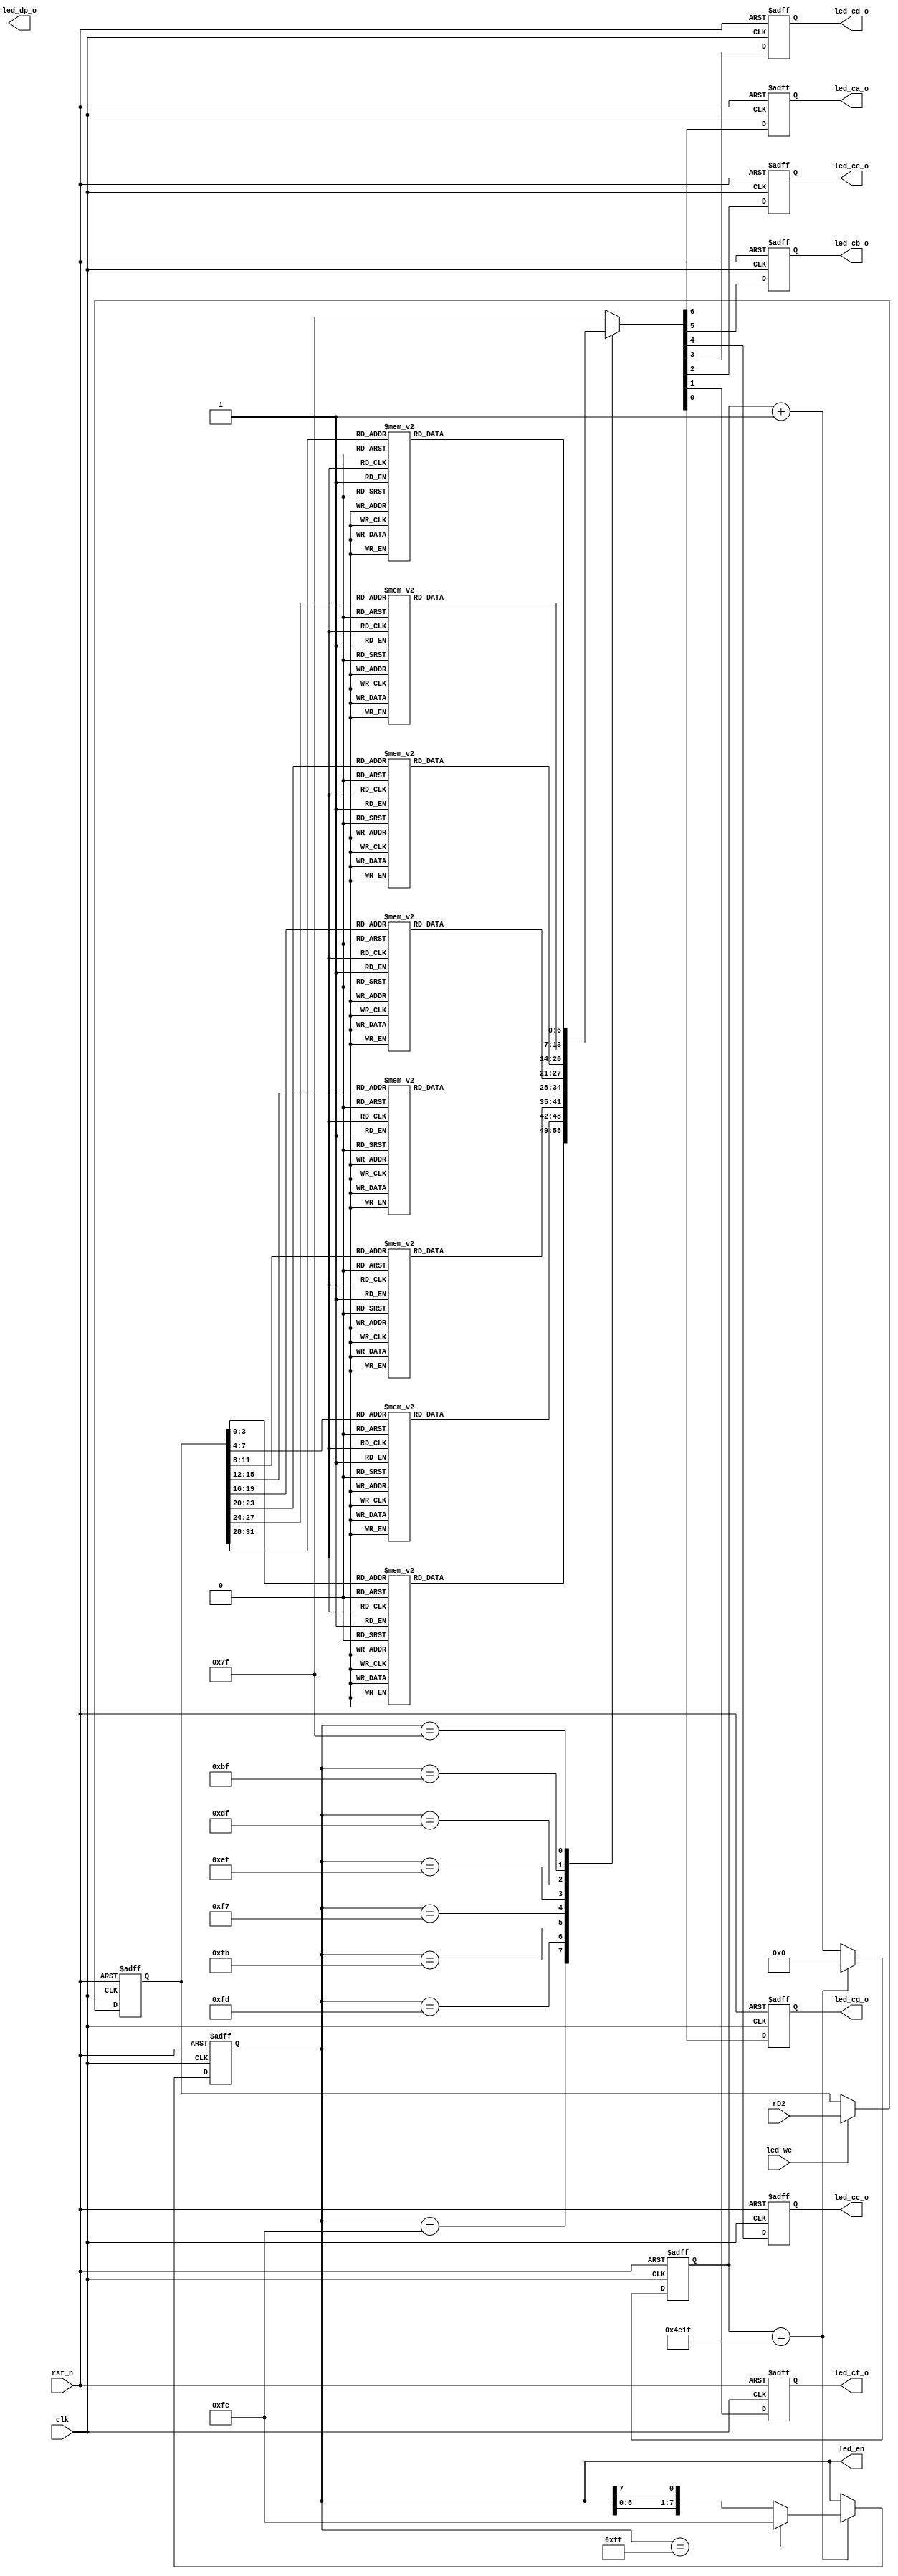

module LED_CTRL(
   
   input clk,
   input rst_n,

    
    output reg [7:0] led_en,
    
    output reg led_ca_o,
    output reg led_cb_o,
    output reg led_cc_o,
    output reg led_cd_o,
    output reg led_ce_o,
    output reg led_cf_o,
    output reg led_cg_o,
    output reg led_dp_o,
    input led_we,

    input [31:0] rD2

    );
    
    parameter re_0=7'b0000001;
    parameter re_1=7'b1001111;
    parameter re_2=7'b0010010;
    parameter re_3=7'b0000110;
    parameter re_4=7'b1001100;
    parameter re_5=7'b0100100;
    parameter re_6=7'b0100000;
    parameter re_7=7'b0001111;
    parameter re_8=7'b0000000;
    parameter re_9=7'b0000100;
    parameter re_a=7'b0001000;
    parameter re_b=7'b1100000;
    parameter re_c=7'b0110001;
    parameter re_d=7'b1000010;
    parameter re_e=7'b0110000;
    parameter re_f=7'b0111000;
    
    
    reg [24:0] cnt;

    
    //2ms 
    always@(posedge clk or negedge rst_n)
    begin
         if(!rst_n) cnt<=0;
         else if(cnt==19999) cnt<=0;
         else cnt<=cnt+1;
    end
    
    
    always @(posedge clk or negedge rst_n)
    begin
         if(!rst_n) led_en<=8'b11111111;
         else if(cnt==19999)
                begin
                     if(led_en==8'b1111_1111) led_en<=8'b1111_1110;
                     else led_en<={led_en[6:0],led_en[7]};
                end
         else led_en<=led_en;
    end
    //display on the digit pipe
   reg[31:0] final;
   always@(posedge clk or negedge rst_n)
   begin
        if(!rst_n) final=32'b0;
        else if(led_we) final=rD2;
        else final=final;
   end

    

    
    
    
    
    
    always@(posedge clk or negedge rst_n)
    begin
         if(!rst_n) {led_ca_o,led_cb_o,led_cc_o,led_cd_o,led_ce_o,led_cf_o,led_cg_o}<=7'b1111111;
         else
             begin
             case(led_en)
                    8'b11111110:
                             case(final[3:0])
                             4'd0:{led_ca_o,led_cb_o,led_cc_o,led_cd_o,led_ce_o,led_cf_o,led_cg_o}<=re_0;
                             4'd1:{led_ca_o,led_cb_o,led_cc_o,led_cd_o,led_ce_o,led_cf_o,led_cg_o}<=re_1;
                             4'd2:{led_ca_o,led_cb_o,led_cc_o,led_cd_o,led_ce_o,led_cf_o,led_cg_o}<=re_2;
                             4'd3:{led_ca_o,led_cb_o,led_cc_o,led_cd_o,led_ce_o,led_cf_o,led_cg_o}<=re_3;
                             4'd4:{led_ca_o,led_cb_o,led_cc_o,led_cd_o,led_ce_o,led_cf_o,led_cg_o}<=re_4;
                             4'd5:{led_ca_o,led_cb_o,led_cc_o,led_cd_o,led_ce_o,led_cf_o,led_cg_o}<=re_5;
                             4'd6:{led_ca_o,led_cb_o,led_cc_o,led_cd_o,led_ce_o,led_cf_o,led_cg_o}<=re_6;
                             4'd7:{led_ca_o,led_cb_o,led_cc_o,led_cd_o,led_ce_o,led_cf_o,led_cg_o}<=re_7;
                             4'd8:{led_ca_o,led_cb_o,led_cc_o,led_cd_o,led_ce_o,led_cf_o,led_cg_o}<=re_8;
                             4'd9:{led_ca_o,led_cb_o,led_cc_o,led_cd_o,led_ce_o,led_cf_o,led_cg_o}<=re_9;
                             4'd10:{led_ca_o,led_cb_o,led_cc_o,led_cd_o,led_ce_o,led_cf_o,led_cg_o}<=re_a;
                             4'd11:{led_ca_o,led_cb_o,led_cc_o,led_cd_o,led_ce_o,led_cf_o,led_cg_o}<=re_b;
                             4'd12:{led_ca_o,led_cb_o,led_cc_o,led_cd_o,led_ce_o,led_cf_o,led_cg_o}<=re_c;
                             4'd13:{led_ca_o,led_cb_o,led_cc_o,led_cd_o,led_ce_o,led_cf_o,led_cg_o}<=re_d;
                             4'd14:{led_ca_o,led_cb_o,led_cc_o,led_cd_o,led_ce_o,led_cf_o,led_cg_o}<=re_e;
                             4'd15:{led_ca_o,led_cb_o,led_cc_o,led_cd_o,led_ce_o,led_cf_o,led_cg_o}<=re_f;
                             endcase
             8'b11111101:
                             case(final[7:4])
                             4'd0:{led_ca_o,led_cb_o,led_cc_o,led_cd_o,led_ce_o,led_cf_o,led_cg_o}<=re_0;
                             4'd1:{led_ca_o,led_cb_o,led_cc_o,led_cd_o,led_ce_o,led_cf_o,led_cg_o}<=re_1;
                             4'd2:{led_ca_o,led_cb_o,led_cc_o,led_cd_o,led_ce_o,led_cf_o,led_cg_o}<=re_2;
                             4'd3:{led_ca_o,led_cb_o,led_cc_o,led_cd_o,led_ce_o,led_cf_o,led_cg_o}<=re_3;
                             4'd4:{led_ca_o,led_cb_o,led_cc_o,led_cd_o,led_ce_o,led_cf_o,led_cg_o}<=re_4;
                             4'd5:{led_ca_o,led_cb_o,led_cc_o,led_cd_o,led_ce_o,led_cf_o,led_cg_o}<=re_5;
                             4'd6:{led_ca_o,led_cb_o,led_cc_o,led_cd_o,led_ce_o,led_cf_o,led_cg_o}<=re_6;
                             4'd7:{led_ca_o,led_cb_o,led_cc_o,led_cd_o,led_ce_o,led_cf_o,led_cg_o}<=re_7;
                             4'd8:{led_ca_o,led_cb_o,led_cc_o,led_cd_o,led_ce_o,led_cf_o,led_cg_o}<=re_8;
                             4'd9:{led_ca_o,led_cb_o,led_cc_o,led_cd_o,led_ce_o,led_cf_o,led_cg_o}<=re_9;
                             4'd10:{led_ca_o,led_cb_o,led_cc_o,led_cd_o,led_ce_o,led_cf_o,led_cg_o}<=re_a;
                             4'd11:{led_ca_o,led_cb_o,led_cc_o,led_cd_o,led_ce_o,led_cf_o,led_cg_o}<=re_b;
                             4'd12:{led_ca_o,led_cb_o,led_cc_o,led_cd_o,led_ce_o,led_cf_o,led_cg_o}<=re_c;
                             4'd13:{led_ca_o,led_cb_o,led_cc_o,led_cd_o,led_ce_o,led_cf_o,led_cg_o}<=re_d;
                             4'd14:{led_ca_o,led_cb_o,led_cc_o,led_cd_o,led_ce_o,led_cf_o,led_cg_o}<=re_e;
                             4'd15:{led_ca_o,led_cb_o,led_cc_o,led_cd_o,led_ce_o,led_cf_o,led_cg_o}<=re_f;
                             endcase
                 8'b11111011:
                             case(final[11:8])
                             4'd0:{led_ca_o,led_cb_o,led_cc_o,led_cd_o,led_ce_o,led_cf_o,led_cg_o}<=re_0;
                             4'd1:{led_ca_o,led_cb_o,led_cc_o,led_cd_o,led_ce_o,led_cf_o,led_cg_o}<=re_1;
                             4'd2:{led_ca_o,led_cb_o,led_cc_o,led_cd_o,led_ce_o,led_cf_o,led_cg_o}<=re_2;
                             4'd3:{led_ca_o,led_cb_o,led_cc_o,led_cd_o,led_ce_o,led_cf_o,led_cg_o}<=re_3;
                             4'd4:{led_ca_o,led_cb_o,led_cc_o,led_cd_o,led_ce_o,led_cf_o,led_cg_o}<=re_4;
                             4'd5:{led_ca_o,led_cb_o,led_cc_o,led_cd_o,led_ce_o,led_cf_o,led_cg_o}<=re_5;
                             4'd6:{led_ca_o,led_cb_o,led_cc_o,led_cd_o,led_ce_o,led_cf_o,led_cg_o}<=re_6;
                             4'd7:{led_ca_o,led_cb_o,led_cc_o,led_cd_o,led_ce_o,led_cf_o,led_cg_o}<=re_7;
                             4'd8:{led_ca_o,led_cb_o,led_cc_o,led_cd_o,led_ce_o,led_cf_o,led_cg_o}<=re_8;
                             4'd9:{led_ca_o,led_cb_o,led_cc_o,led_cd_o,led_ce_o,led_cf_o,led_cg_o}<=re_9;
                             4'd10:{led_ca_o,led_cb_o,led_cc_o,led_cd_o,led_ce_o,led_cf_o,led_cg_o}<=re_a;
                             4'd11:{led_ca_o,led_cb_o,led_cc_o,led_cd_o,led_ce_o,led_cf_o,led_cg_o}<=re_b;
                             4'd12:{led_ca_o,led_cb_o,led_cc_o,led_cd_o,led_ce_o,led_cf_o,led_cg_o}<=re_c;
                             4'd13:{led_ca_o,led_cb_o,led_cc_o,led_cd_o,led_ce_o,led_cf_o,led_cg_o}<=re_d;
                             4'd14:{led_ca_o,led_cb_o,led_cc_o,led_cd_o,led_ce_o,led_cf_o,led_cg_o}<=re_e;
                             4'd15:{led_ca_o,led_cb_o,led_cc_o,led_cd_o,led_ce_o,led_cf_o,led_cg_o}<=re_f;
                             endcase
             8'b11110111:
                             case(final[15:12])
                             4'd0:{led_ca_o,led_cb_o,led_cc_o,led_cd_o,led_ce_o,led_cf_o,led_cg_o}<=re_0;
                             4'd1:{led_ca_o,led_cb_o,led_cc_o,led_cd_o,led_ce_o,led_cf_o,led_cg_o}<=re_1;
                             4'd2:{led_ca_o,led_cb_o,led_cc_o,led_cd_o,led_ce_o,led_cf_o,led_cg_o}<=re_2;
                             4'd3:{led_ca_o,led_cb_o,led_cc_o,led_cd_o,led_ce_o,led_cf_o,led_cg_o}<=re_3;
                             4'd4:{led_ca_o,led_cb_o,led_cc_o,led_cd_o,led_ce_o,led_cf_o,led_cg_o}<=re_4;
                             4'd5:{led_ca_o,led_cb_o,led_cc_o,led_cd_o,led_ce_o,led_cf_o,led_cg_o}<=re_5;
                             4'd6:{led_ca_o,led_cb_o,led_cc_o,led_cd_o,led_ce_o,led_cf_o,led_cg_o}<=re_6;
                             4'd7:{led_ca_o,led_cb_o,led_cc_o,led_cd_o,led_ce_o,led_cf_o,led_cg_o}<=re_7;
                             4'd8:{led_ca_o,led_cb_o,led_cc_o,led_cd_o,led_ce_o,led_cf_o,led_cg_o}<=re_8;
                             4'd9:{led_ca_o,led_cb_o,led_cc_o,led_cd_o,led_ce_o,led_cf_o,led_cg_o}<=re_9;
                             4'd10:{led_ca_o,led_cb_o,led_cc_o,led_cd_o,led_ce_o,led_cf_o,led_cg_o}<=re_a;
                             4'd11:{led_ca_o,led_cb_o,led_cc_o,led_cd_o,led_ce_o,led_cf_o,led_cg_o}<=re_b;
                             4'd12:{led_ca_o,led_cb_o,led_cc_o,led_cd_o,led_ce_o,led_cf_o,led_cg_o}<=re_c;
                             4'd13:{led_ca_o,led_cb_o,led_cc_o,led_cd_o,led_ce_o,led_cf_o,led_cg_o}<=re_d;
                             4'd14:{led_ca_o,led_cb_o,led_cc_o,led_cd_o,led_ce_o,led_cf_o,led_cg_o}<=re_e;
                             4'd15:{led_ca_o,led_cb_o,led_cc_o,led_cd_o,led_ce_o,led_cf_o,led_cg_o}<=re_f;
                             endcase
                  
            
             8'b11101111:
                             case(final[19:16])
                             4'd0:{led_ca_o,led_cb_o,led_cc_o,led_cd_o,led_ce_o,led_cf_o,led_cg_o}<=re_0;
                             4'd1:{led_ca_o,led_cb_o,led_cc_o,led_cd_o,led_ce_o,led_cf_o,led_cg_o}<=re_1;
                             4'd2:{led_ca_o,led_cb_o,led_cc_o,led_cd_o,led_ce_o,led_cf_o,led_cg_o}<=re_2;
                             4'd3:{led_ca_o,led_cb_o,led_cc_o,led_cd_o,led_ce_o,led_cf_o,led_cg_o}<=re_3;
                             4'd4:{led_ca_o,led_cb_o,led_cc_o,led_cd_o,led_ce_o,led_cf_o,led_cg_o}<=re_4;
                             4'd5:{led_ca_o,led_cb_o,led_cc_o,led_cd_o,led_ce_o,led_cf_o,led_cg_o}<=re_5;
                             4'd6:{led_ca_o,led_cb_o,led_cc_o,led_cd_o,led_ce_o,led_cf_o,led_cg_o}<=re_6;
                             4'd7:{led_ca_o,led_cb_o,led_cc_o,led_cd_o,led_ce_o,led_cf_o,led_cg_o}<=re_7;
                             4'd8:{led_ca_o,led_cb_o,led_cc_o,led_cd_o,led_ce_o,led_cf_o,led_cg_o}<=re_8;
                             4'd9:{led_ca_o,led_cb_o,led_cc_o,led_cd_o,led_ce_o,led_cf_o,led_cg_o}<=re_9;
                             4'd10:{led_ca_o,led_cb_o,led_cc_o,led_cd_o,led_ce_o,led_cf_o,led_cg_o}<=re_a;
                             4'd11:{led_ca_o,led_cb_o,led_cc_o,led_cd_o,led_ce_o,led_cf_o,led_cg_o}<=re_b;
                             4'd12:{led_ca_o,led_cb_o,led_cc_o,led_cd_o,led_ce_o,led_cf_o,led_cg_o}<=re_c;
                             4'd13:{led_ca_o,led_cb_o,led_cc_o,led_cd_o,led_ce_o,led_cf_o,led_cg_o}<=re_d;
                             4'd14:{led_ca_o,led_cb_o,led_cc_o,led_cd_o,led_ce_o,led_cf_o,led_cg_o}<=re_e;
                             4'd15:{led_ca_o,led_cb_o,led_cc_o,led_cd_o,led_ce_o,led_cf_o,led_cg_o}<=re_f;
                             endcase
                   
             8'b11011111:
                             case(final[23:20])
                             4'd0:{led_ca_o,led_cb_o,led_cc_o,led_cd_o,led_ce_o,led_cf_o,led_cg_o}<=re_0;
                             4'd1:{led_ca_o,led_cb_o,led_cc_o,led_cd_o,led_ce_o,led_cf_o,led_cg_o}<=re_1;
                             4'd2:{led_ca_o,led_cb_o,led_cc_o,led_cd_o,led_ce_o,led_cf_o,led_cg_o}<=re_2;
                             4'd3:{led_ca_o,led_cb_o,led_cc_o,led_cd_o,led_ce_o,led_cf_o,led_cg_o}<=re_3;
                             4'd4:{led_ca_o,led_cb_o,led_cc_o,led_cd_o,led_ce_o,led_cf_o,led_cg_o}<=re_4;
                             4'd5:{led_ca_o,led_cb_o,led_cc_o,led_cd_o,led_ce_o,led_cf_o,led_cg_o}<=re_5;
                             4'd6:{led_ca_o,led_cb_o,led_cc_o,led_cd_o,led_ce_o,led_cf_o,led_cg_o}<=re_6;
                             4'd7:{led_ca_o,led_cb_o,led_cc_o,led_cd_o,led_ce_o,led_cf_o,led_cg_o}<=re_7;
                             4'd8:{led_ca_o,led_cb_o,led_cc_o,led_cd_o,led_ce_o,led_cf_o,led_cg_o}<=re_8;
                             4'd9:{led_ca_o,led_cb_o,led_cc_o,led_cd_o,led_ce_o,led_cf_o,led_cg_o}<=re_9;
                             4'd10:{led_ca_o,led_cb_o,led_cc_o,led_cd_o,led_ce_o,led_cf_o,led_cg_o}<=re_a;
                             4'd11:{led_ca_o,led_cb_o,led_cc_o,led_cd_o,led_ce_o,led_cf_o,led_cg_o}<=re_b;
                             4'd12:{led_ca_o,led_cb_o,led_cc_o,led_cd_o,led_ce_o,led_cf_o,led_cg_o}<=re_c;
                             4'd13:{led_ca_o,led_cb_o,led_cc_o,led_cd_o,led_ce_o,led_cf_o,led_cg_o}<=re_d;
                             4'd14:{led_ca_o,led_cb_o,led_cc_o,led_cd_o,led_ce_o,led_cf_o,led_cg_o}<=re_e;
                             4'd15:{led_ca_o,led_cb_o,led_cc_o,led_cd_o,led_ce_o,led_cf_o,led_cg_o}<=re_f;
                             endcase
                   
             8'b10111111:
                             case(final[27:24])
                             4'd0:{led_ca_o,led_cb_o,led_cc_o,led_cd_o,led_ce_o,led_cf_o,led_cg_o}<=re_0;
                             4'd1:{led_ca_o,led_cb_o,led_cc_o,led_cd_o,led_ce_o,led_cf_o,led_cg_o}<=re_1;
                             4'd2:{led_ca_o,led_cb_o,led_cc_o,led_cd_o,led_ce_o,led_cf_o,led_cg_o}<=re_2;
                             4'd3:{led_ca_o,led_cb_o,led_cc_o,led_cd_o,led_ce_o,led_cf_o,led_cg_o}<=re_3;
                             4'd4:{led_ca_o,led_cb_o,led_cc_o,led_cd_o,led_ce_o,led_cf_o,led_cg_o}<=re_4;
                             4'd5:{led_ca_o,led_cb_o,led_cc_o,led_cd_o,led_ce_o,led_cf_o,led_cg_o}<=re_5;
                             4'd6:{led_ca_o,led_cb_o,led_cc_o,led_cd_o,led_ce_o,led_cf_o,led_cg_o}<=re_6;
                             4'd7:{led_ca_o,led_cb_o,led_cc_o,led_cd_o,led_ce_o,led_cf_o,led_cg_o}<=re_7;
                             4'd8:{led_ca_o,led_cb_o,led_cc_o,led_cd_o,led_ce_o,led_cf_o,led_cg_o}<=re_8;
                             4'd9:{led_ca_o,led_cb_o,led_cc_o,led_cd_o,led_ce_o,led_cf_o,led_cg_o}<=re_9;
                             4'd10:{led_ca_o,led_cb_o,led_cc_o,led_cd_o,led_ce_o,led_cf_o,led_cg_o}<=re_a;
                             4'd11:{led_ca_o,led_cb_o,led_cc_o,led_cd_o,led_ce_o,led_cf_o,led_cg_o}<=re_b;
                             4'd12:{led_ca_o,led_cb_o,led_cc_o,led_cd_o,led_ce_o,led_cf_o,led_cg_o}<=re_c;
                             4'd13:{led_ca_o,led_cb_o,led_cc_o,led_cd_o,led_ce_o,led_cf_o,led_cg_o}<=re_d;
                             4'd14:{led_ca_o,led_cb_o,led_cc_o,led_cd_o,led_ce_o,led_cf_o,led_cg_o}<=re_e;
                             4'd15:{led_ca_o,led_cb_o,led_cc_o,led_cd_o,led_ce_o,led_cf_o,led_cg_o}<=re_f;
                             endcase
                   
             8'b01111111:
                             case(final[31:28])
                             4'd0:{led_ca_o,led_cb_o,led_cc_o,led_cd_o,led_ce_o,led_cf_o,led_cg_o}<=re_0;
                             4'd1:{led_ca_o,led_cb_o,led_cc_o,led_cd_o,led_ce_o,led_cf_o,led_cg_o}<=re_1;
                             4'd2:{led_ca_o,led_cb_o,led_cc_o,led_cd_o,led_ce_o,led_cf_o,led_cg_o}<=re_2;
                             4'd3:{led_ca_o,led_cb_o,led_cc_o,led_cd_o,led_ce_o,led_cf_o,led_cg_o}<=re_3;
                             4'd4:{led_ca_o,led_cb_o,led_cc_o,led_cd_o,led_ce_o,led_cf_o,led_cg_o}<=re_4;
                             4'd5:{led_ca_o,led_cb_o,led_cc_o,led_cd_o,led_ce_o,led_cf_o,led_cg_o}<=re_5;
                             4'd6:{led_ca_o,led_cb_o,led_cc_o,led_cd_o,led_ce_o,led_cf_o,led_cg_o}<=re_6;
                             4'd7:{led_ca_o,led_cb_o,led_cc_o,led_cd_o,led_ce_o,led_cf_o,led_cg_o}<=re_7;
                             4'd8:{led_ca_o,led_cb_o,led_cc_o,led_cd_o,led_ce_o,led_cf_o,led_cg_o}<=re_8;
                             4'd9:{led_ca_o,led_cb_o,led_cc_o,led_cd_o,led_ce_o,led_cf_o,led_cg_o}<=re_9;
                             4'd10:{led_ca_o,led_cb_o,led_cc_o,led_cd_o,led_ce_o,led_cf_o,led_cg_o}<=re_a;
                             4'd11:{led_ca_o,led_cb_o,led_cc_o,led_cd_o,led_ce_o,led_cf_o,led_cg_o}<=re_b;
                             4'd12:{led_ca_o,led_cb_o,led_cc_o,led_cd_o,led_ce_o,led_cf_o,led_cg_o}<=re_c;
                             4'd13:{led_ca_o,led_cb_o,led_cc_o,led_cd_o,led_ce_o,led_cf_o,led_cg_o}<=re_d;
                             4'd14:{led_ca_o,led_cb_o,led_cc_o,led_cd_o,led_ce_o,led_cf_o,led_cg_o}<=re_e;
                             4'd15:{led_ca_o,led_cb_o,led_cc_o,led_cd_o,led_ce_o,led_cf_o,led_cg_o}<=re_f;
                             endcase
                   default:{led_ca_o,led_cb_o,led_cc_o,led_cd_o,led_ce_o,led_cf_o,led_cg_o}<=7'b1111111;
             endcase
             end
         
    end
    
    
    
    
endmodule